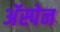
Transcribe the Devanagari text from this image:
अॅस्पेन